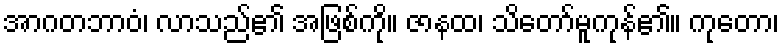
အာဂတဘာဝံ၊ လာသည်၏ အဖြစ်ကို။ ဇာနထ၊ သိတော်မူကုန်၏။ ကုတော၊